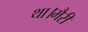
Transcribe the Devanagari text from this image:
था।मैरी